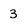
Character: 3